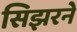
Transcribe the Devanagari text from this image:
सिझरने